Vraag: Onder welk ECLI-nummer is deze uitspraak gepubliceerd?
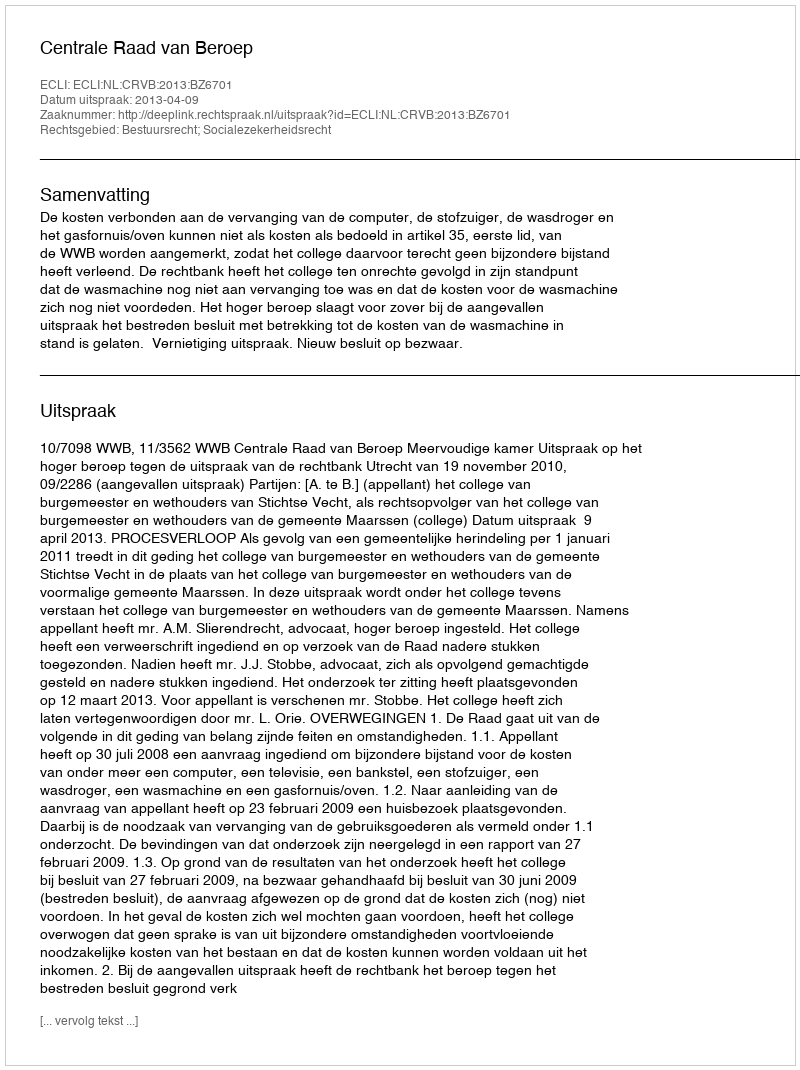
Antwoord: ECLI:NL:CRVB:2013:BZ6701